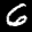
Label: 6